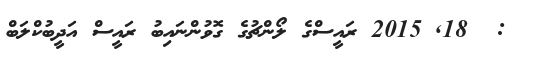
:  18